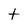
Character: t